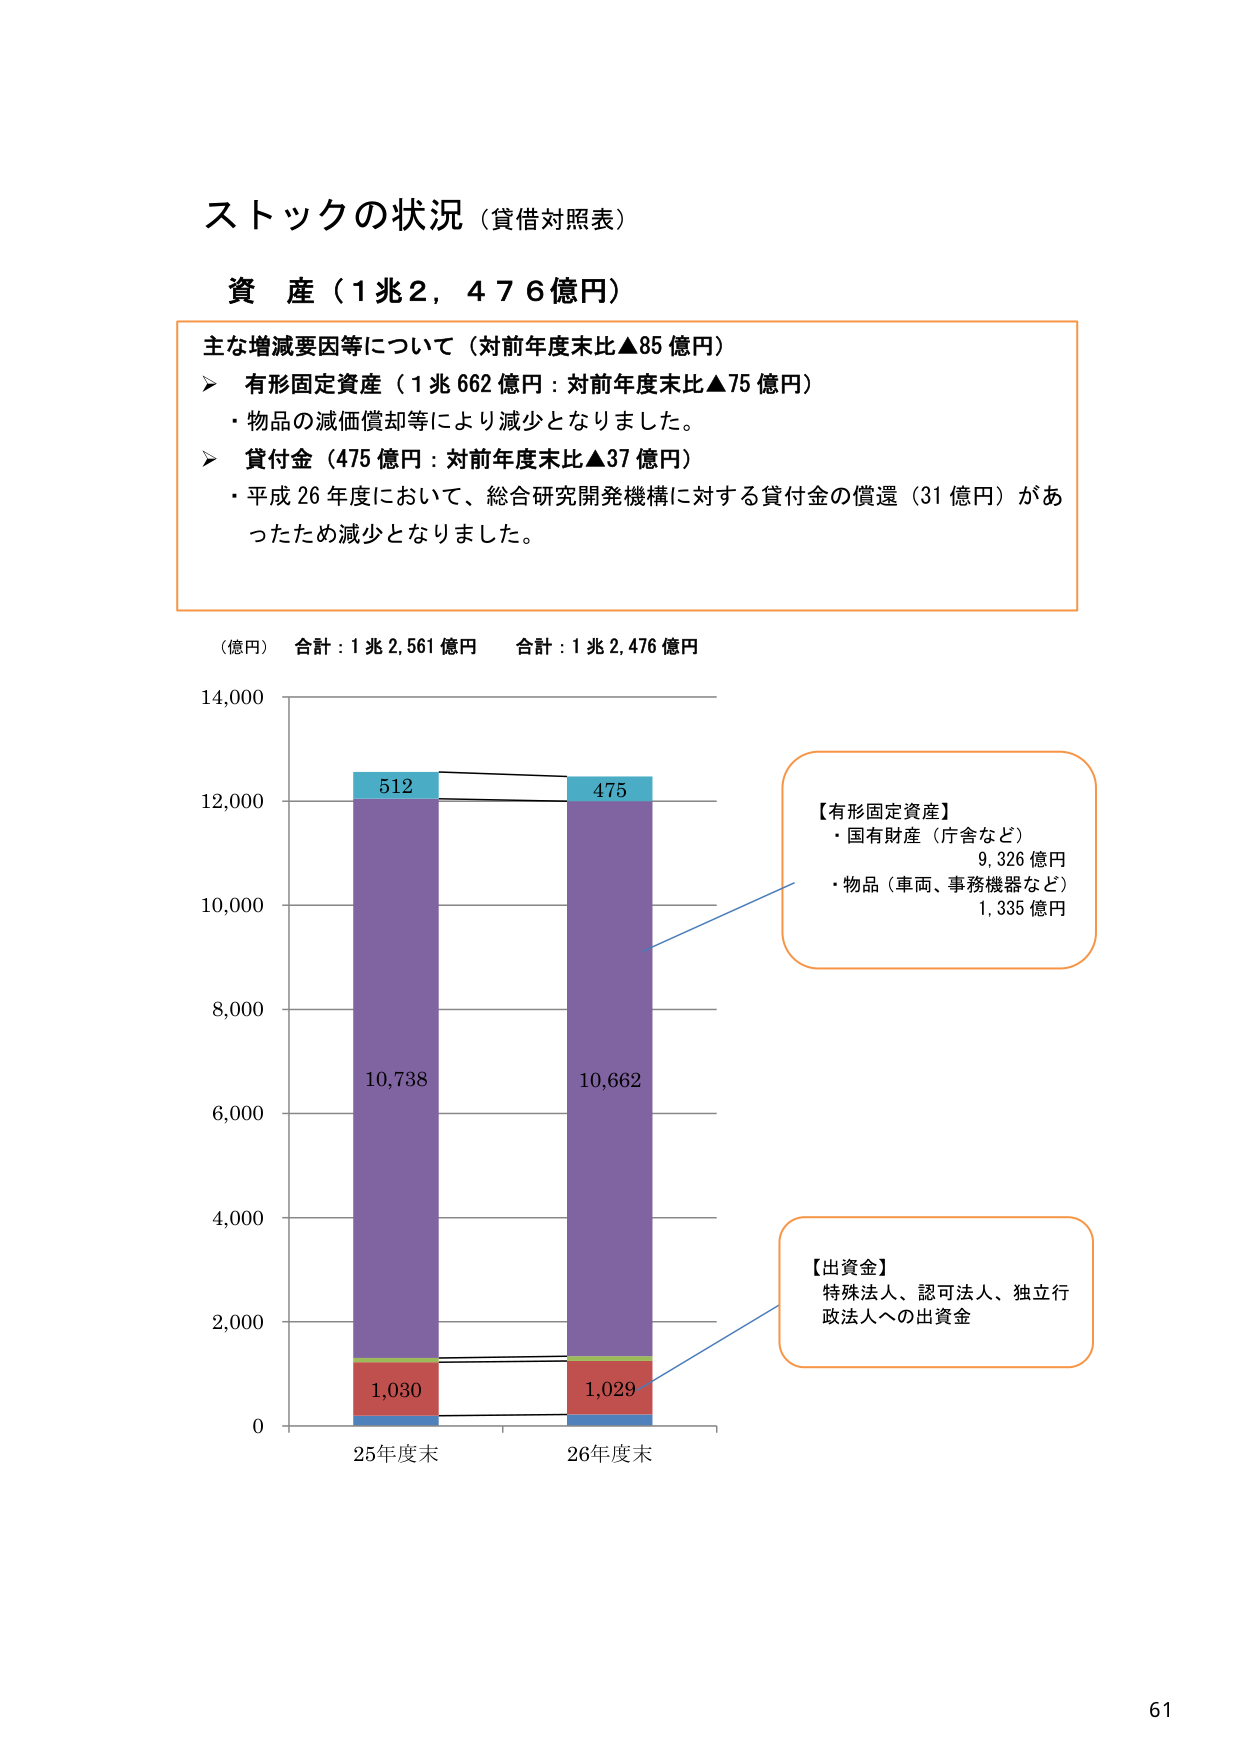
ストックの状況（貸借対照表）

資産（1兆2,476億円）

主な増減要因等について（対前年度末比▲85億円）
➤ 有形固定資産（1兆662億円：対前年度末比▲75億円）
・物品の減価償却等により減少となりました。
➤ 貸付金（475億円：対前年度末比▲37億円）
・平成26年度において、総合研究開発機構に対する貸付金の償還（31億円）があったため減少となりました。

（億円） 合計：1兆2,561億円 合計：1兆2,476億円

14,000
12,000
10,000
8,000
6,000
4,000
2,000
0

512
10,738
1,030
25年度末

475
10,662
1,029
26年度末

【有形固定資産】
・国有財産（庁舎など） 9,326億円
・物品（車両、事務機器など） 1,335億円

【出資金】
特殊法人、認可法人、独立行政法人への出資金

61